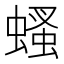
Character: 𧎇